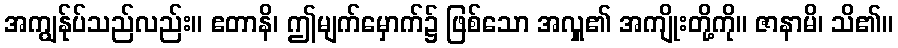
အကျွန်ုပ်သည်လည်း။ ဧတာနိ၊ ဤမျက်မှောက်၌ ဖြစ်သော အလှူ၏ အကျိုးတို့ကို။ ဇာနာမိ၊ သိ၏။